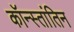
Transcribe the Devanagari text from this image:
कॉन्स्तांतिन